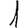
Digit: 1